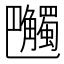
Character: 𧥔